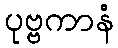
ပုဗ္ဗကာနံ